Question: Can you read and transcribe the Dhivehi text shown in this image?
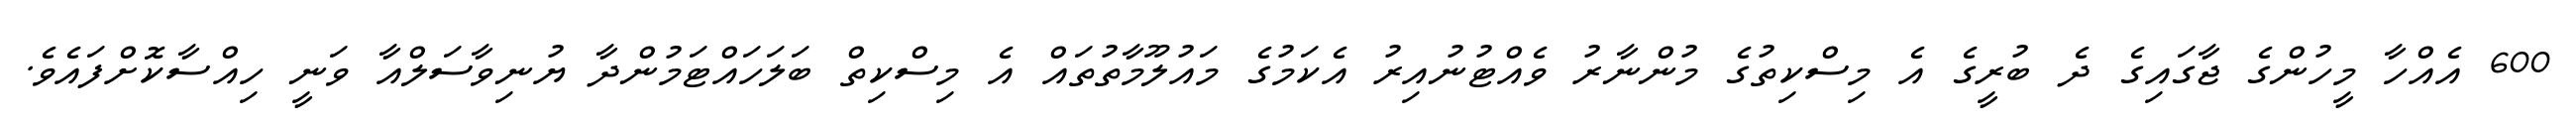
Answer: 600 އެއްހާ މީހުންގެ ޖާގައިގެ ދެ ބުރީގެ އެ މިސްކިތުގެ މުންނާރު ވެއްޓުނުއިރު އެކަމުގެ މައުލޫމާތުތައް އެ މިސްކިތް ބަލަހައްޓަމުންދާ ޔުނިވާސަލްއާ ވަނީ ހިއްސާކޮށްފައެވެ.